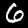
Label: 6